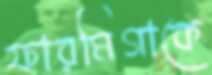
ফারমিগাকে